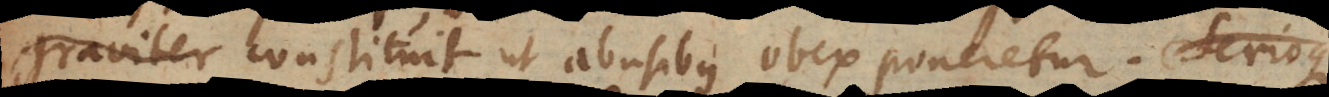
ter constituit ut abusibus obex poneretur. Serioque